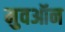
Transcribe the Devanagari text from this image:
मुवऑन